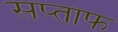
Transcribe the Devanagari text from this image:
सप्ताफ